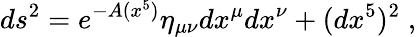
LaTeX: ds^{2}=e^{-A(x^{5})}\eta_{\mu\nu}dx^{\mu}dx^{\nu}+(dx^{5})^{2}\; ,